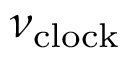
\nu _ { \mathrm { c l o c k } }